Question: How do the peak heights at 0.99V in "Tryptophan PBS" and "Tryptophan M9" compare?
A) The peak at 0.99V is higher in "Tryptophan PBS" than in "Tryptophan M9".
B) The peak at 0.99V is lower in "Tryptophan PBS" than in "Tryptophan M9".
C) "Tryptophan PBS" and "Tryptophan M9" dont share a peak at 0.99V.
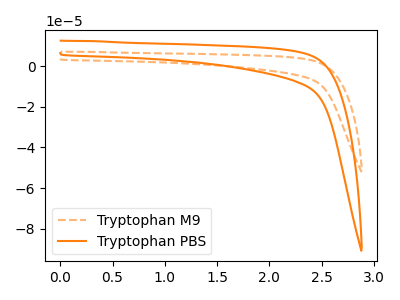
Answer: <think>The orange dashed curve "Tryptophan M9" has no peaks. The orange curve "Tryptophan PBS" has no peaks.</think>
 <answer>C) "Tryptophan PBS" and "Tryptophan M9" dont share a peak at 0.99V.</answer>
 <eval>C</eval>